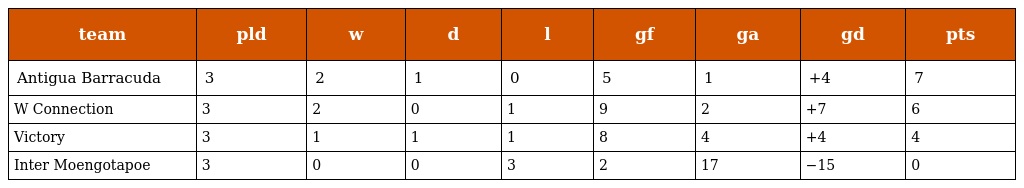
| team | pld | w | d | l | gf | ga | gd | pts |
 | --- | --- | --- | --- | --- | --- | --- | --- | --- |
 | Antigua Barracuda | 3 | 2 | 1 | 0 | 5 | 1 | +4 | 7 |
 | W Connection | 3 | 2 | 0 | 1 | 9 | 2 | +7 | 6 |
 | Victory | 3 | 1 | 1 | 1 | 8 | 4 | +4 | 4 |
 | Inter Moengotapoe | 3 | 0 | 0 | 3 | 2 | 17 | −15 | 0 |